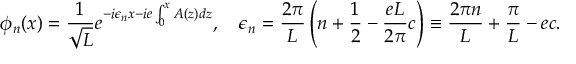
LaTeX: \phi _ { n } ( x ) = { \frac { 1 } { \sqrt L } } e ^ { - i \epsilon _ { n } x - i e \int _ { 0 } ^ { x } A ( z ) d z } , \quad \epsilon _ { n } = { \frac { 2 \pi } { L } } \left( n + { \frac { 1 } { 2 } } - { \frac { e L } { 2 \pi } } c \right) \equiv { \frac { 2 \pi n } { L } } + { \frac { \pi } { L } } - e c .